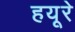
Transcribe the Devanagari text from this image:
हयूरे